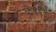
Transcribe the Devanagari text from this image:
बोकशी